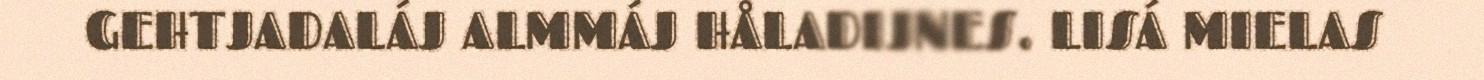
GEHTJADALÁJ ALMMÁJ HÅLADIJNES. LISÁ MIELAS